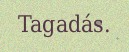
Tagadás.